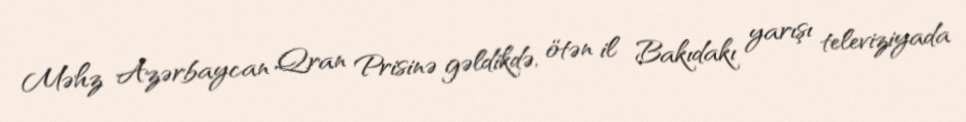
Məhz Azərbaycan Qran Prisinə gəldikdə, ötən il Bakıdakı yarışı televiziyada